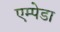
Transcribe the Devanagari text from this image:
एम्पेडा